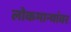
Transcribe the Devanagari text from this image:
लोकमान्यांवर